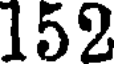
152